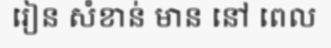
រៀន សំខាន់ មាន នៅ ពេល